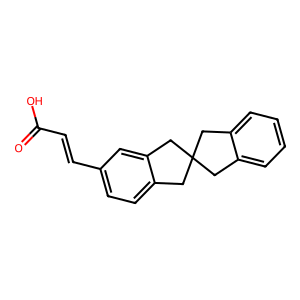
SMILES: O=C(O)C=Cc1ccc2c(c1)CC1(Cc3ccccc3C1)C2
Inhibits HIV replication: No